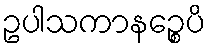
ဥပါသကာနဉ္စေပိ